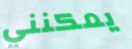
يمكنني